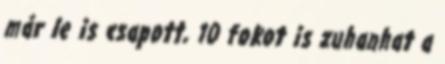
már le is csapott, 10 fokot is zuhanhat a